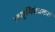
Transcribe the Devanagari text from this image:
लघुनिबंधकार